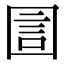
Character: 圁